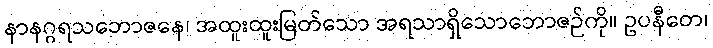
နာနဂ္ဂရသဘောဇနေ၊ အထူးထူးမြတ်သော အရသာရှိသောဘောဇဉ်ကို။ ဥပနီတေ၊